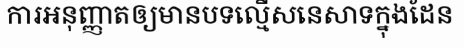
ការអនុញ្ញាតឲ្យមានបទល្មើសនេសាទក្នុងដែន